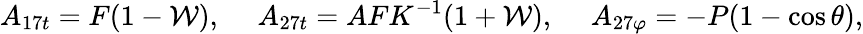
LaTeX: A_{17t}=F(1-{\cal W}),\ \ \ \ \ A_{27t}=AFK^{-1}(1+{\cal W}),\ \ \ \ \ A_{27\varphi}=-P(1-\cos\theta),